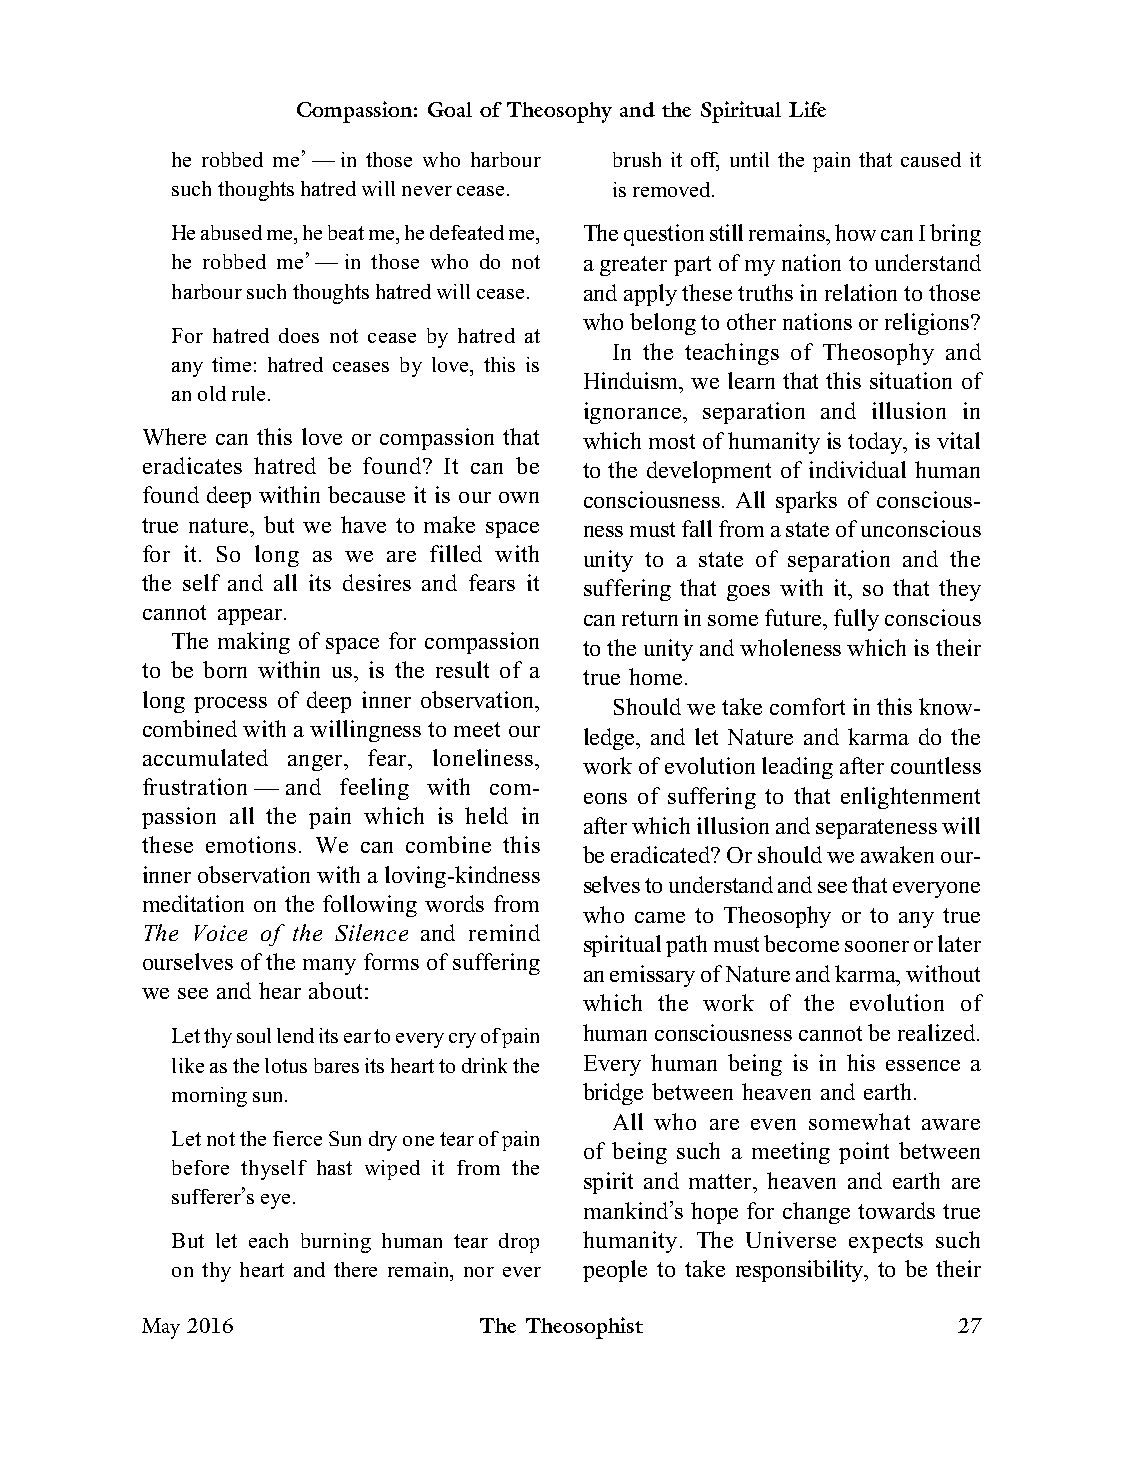
Compassion: Goal of Theosophy and the Spiritual Life
 he robbed me’—in those who harbour brush it off, until the pain that caused it
 such thoughts hatred will never cease. is removed.
 He abused me, he beat me, he defeated me, The question still remains, how can I bring
 he robbed me’—in those who do not a greater part of my nation to understand
 harbour such thoughts hatred will cease. and apply these truths in relation to those
 who belong to other nations or religions?
 For hatred does not cease by hatred at
 In the teachings of Theosophy and
 any time: hatred ceases by love, this is
 Hinduism, we learn that this situation of
 an old rule.
 ignorance, separation and illusion in
 Where can this love or compassion that which most of humanity is today, is vital
 eradicates hatred be found? It can be to the development of individual human
 found deep within because it is our own consciousness. All sparks of conscious-
 true nature, but we have to make space ness must fall from a state of unconscious
 for it. So long as we are filled with unity to a state of separation and the
 the self and all its desires and fears it suffering that goes with it, so that they
 cannot appear.                can return in some future, fully conscious
 The making of space for compassion
 to the unity and wholeness which is their
 to be born within us, is the result of a
 true home.
 long process of deep inner observation,
 Should we take comfort in this know-
 combined with a willingness to meet our
 ledge, and let Nature and karma do the
 accumulated anger, fear, loneliness,
 work of evolution leading after countless
 frustration — and feeling with com-
 eons of suffering to that enlightenment
 passion all the pain which is held in
 after which illusion and separateness will
 these emotions. We can combine this
 be eradicated? Or should we awaken our-
 inner observation with a loving-kindness
 selves to understand and see that everyone
 meditation on the following words from
 who came to Theosophy or to any true
 The Voice of the Silence and remind
 spiritual path must become sooner or later
 ourselves of the many forms of suffering
 an emissary of Nature and karma, without
 we see and hear about:
 which the work of the evolution of
 Let thy soul lend its ear to every cry of pain human consciousness cannot be realized.
 like as the lotus bares its heart to drink the Every human being is in his essence a
 morning sun.                bridge between heaven and earth.
 All who are even somewhat aware
 Let not the fierce Sun dry one tear of pain
 of being such a meeting point between
 before thyself hast wiped it from the
 spirit and matter, heaven and earth are
 sufferer’s eye.
 mankind’s hope for change towards true
 But let each burning human tear drop humanity. The Universe expects such
 on thy heart and there remain, nor ever people to take responsibility, to be their
 May 2016               The Theosophist                27